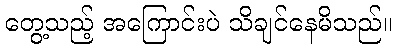
တွေ့သည့် အကြောင်းပဲ သိချင်နေမိသည်။